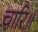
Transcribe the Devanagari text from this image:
चारि॥